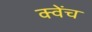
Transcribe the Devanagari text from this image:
क्वेंच